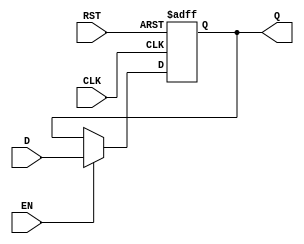
module store_register (
    input wire [N-1:0] D,    // Data input
    input wire CLK,           // Clock signal
    input wire EN,            // Enable signal
    input wire RST,           // Asynchronous reset
    output reg [N-1:0] Q      // Data output
);
    parameter N = 8; // Width of the register, can be modified as needed

    // Asynchronous reset and synchronous storage
    always @(posedge CLK or posedge RST) begin
        if (RST) begin
            Q <= {N{1'b0}}; // Reset output to 0
        end else if (EN) begin
            Q <= D; // Capture data on enable
        end
        // If EN is low, Q retains its previous value
    end
endmodule